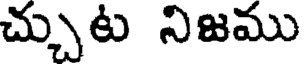
చ్చుట నిజము